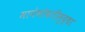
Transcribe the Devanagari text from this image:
मानेभोवतीसुद्धा